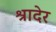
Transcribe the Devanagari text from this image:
श्रादेर